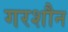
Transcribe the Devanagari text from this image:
गरशौन